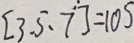
[ 3 . 5 . 7 ] = 1 0 5